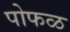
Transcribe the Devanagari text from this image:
पोफळ